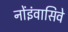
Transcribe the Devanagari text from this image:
नोंइंवासिवे